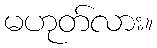
မဟုတ်လား။